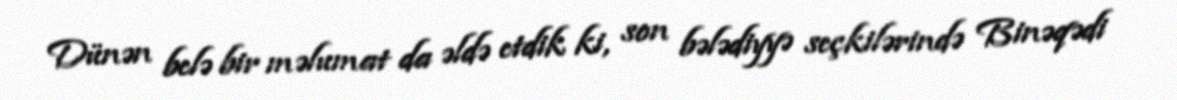
Dünən belə bir məlumat da əldə etdik ki, son bələdiyyə seçkilərində Binəqədi